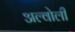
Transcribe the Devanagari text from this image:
अल्वोली